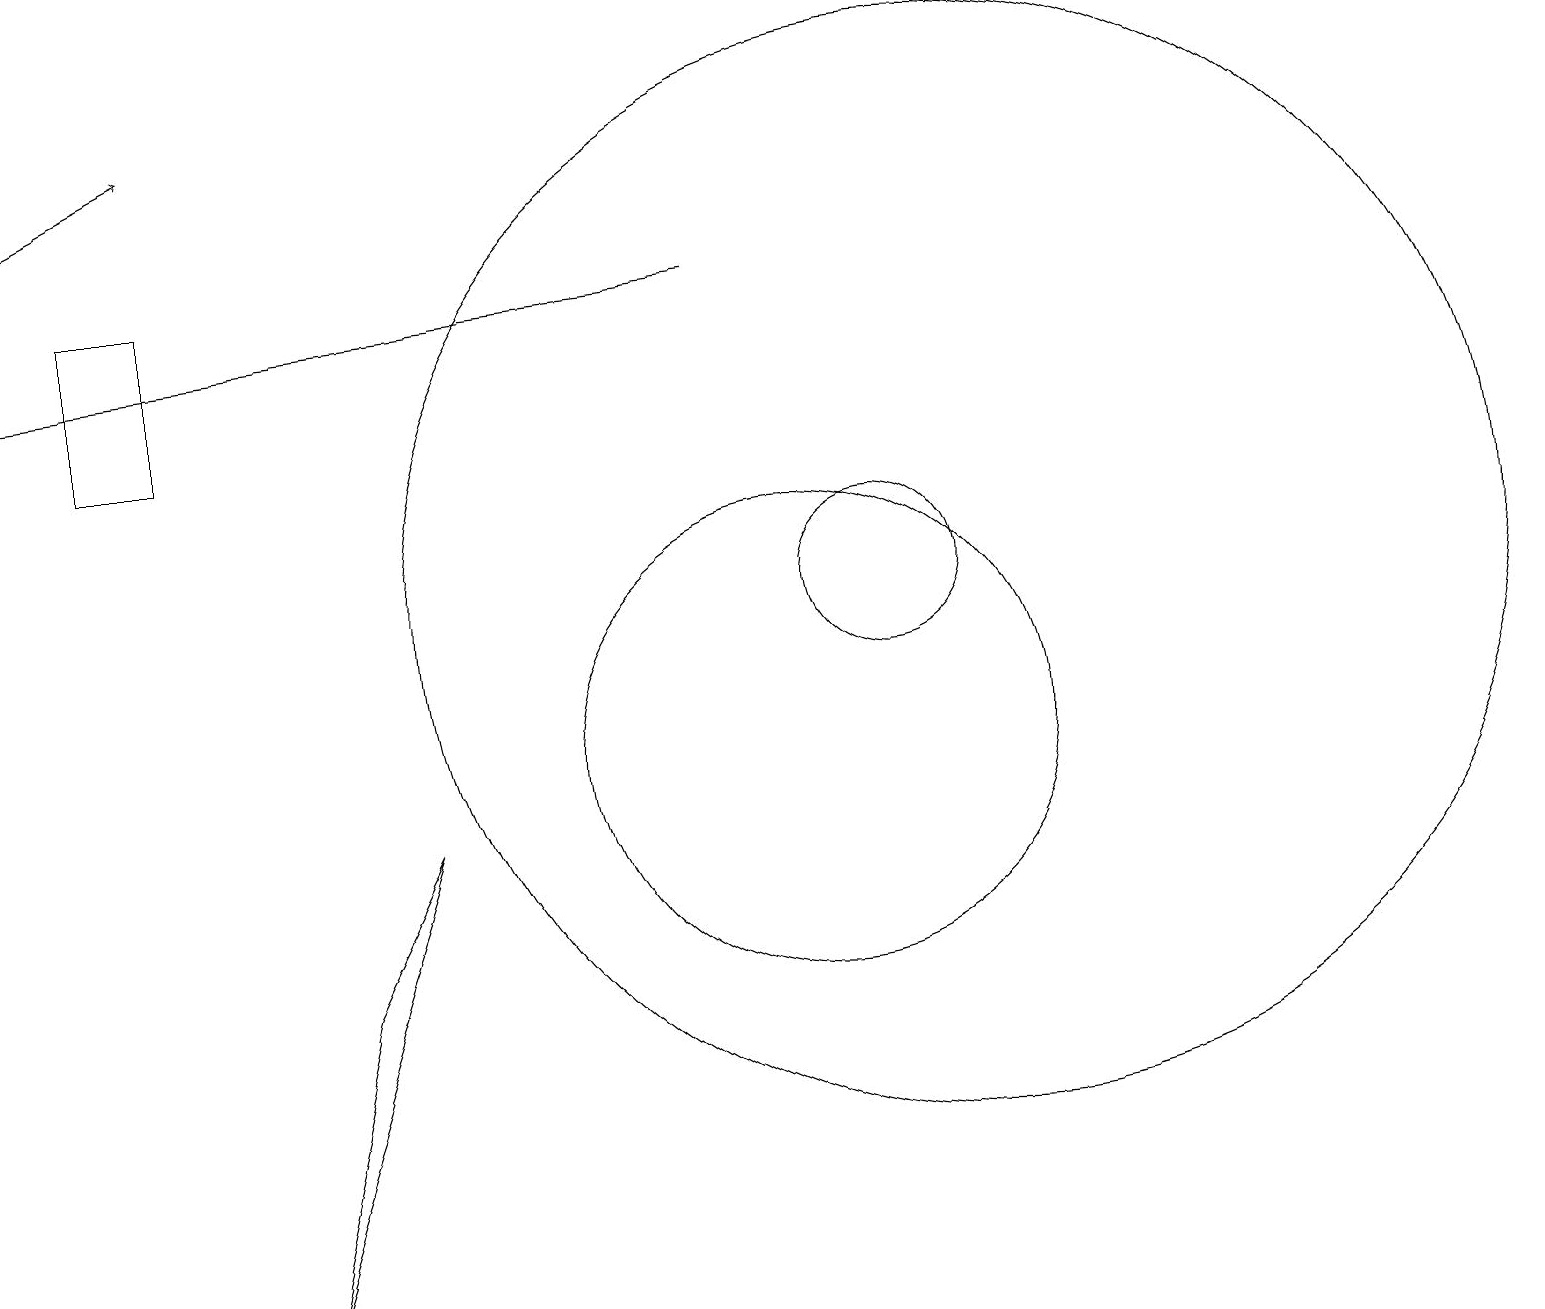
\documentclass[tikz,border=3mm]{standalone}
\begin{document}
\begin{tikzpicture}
\draw (10,10) circle (3);
\draw[->] (9,16) -- (0,15);
\draw[->] (0,17) -- (2,18);
\draw (12,12) circle (7);
\draw (11,12) circle (1);
\draw (4,7) -- (3,3) -- (5,9) -- cycle;
\draw (1,14) rectangle (2,16);
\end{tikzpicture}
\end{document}